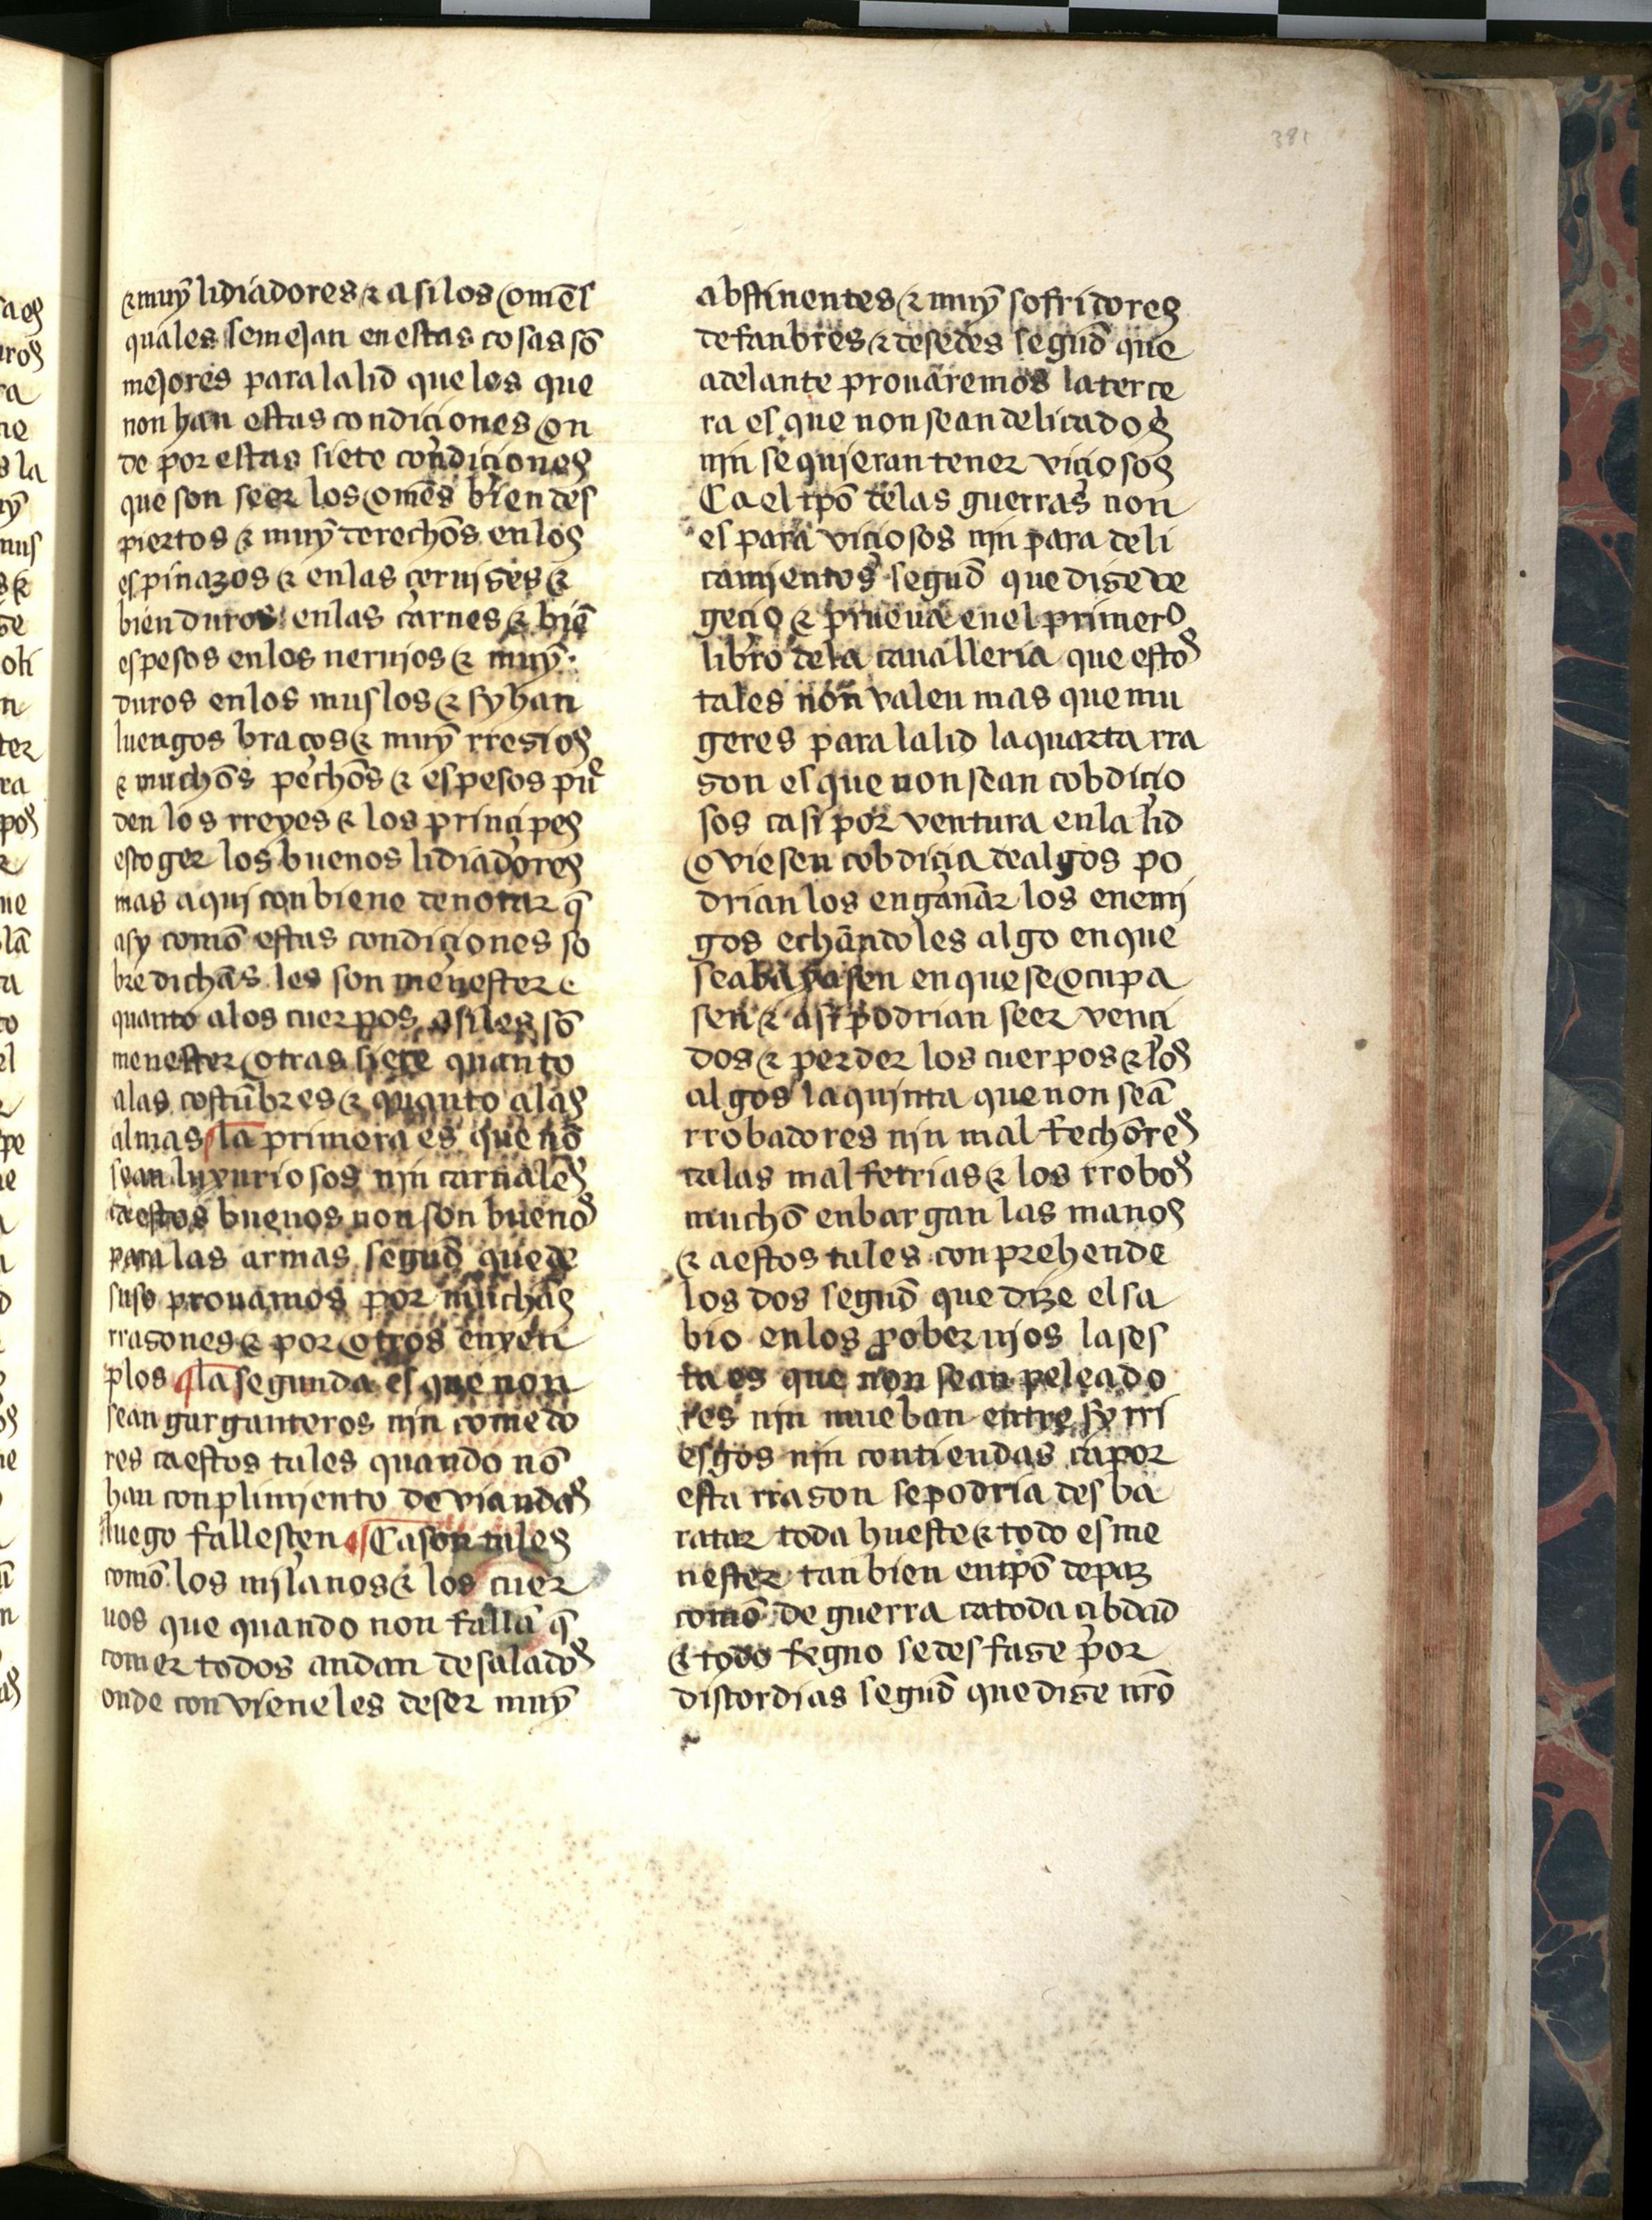
Shelfmark: Salamanca, Biblioteca Histórica USAL, 2709
Century: 15